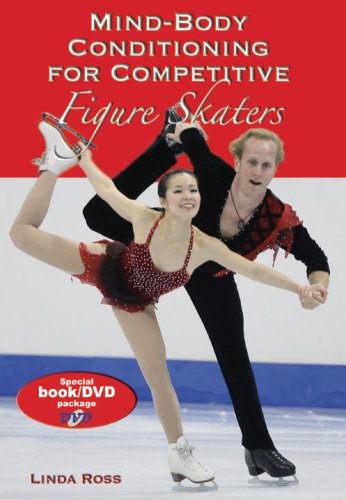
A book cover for Mind-Body Conditioning for Competitive Figure Skaters; Linda Ross; Sports & Outdoors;